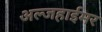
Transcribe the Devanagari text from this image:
अल्जहाईमर